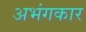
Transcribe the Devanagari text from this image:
अभंगकार